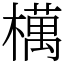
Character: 𣜜